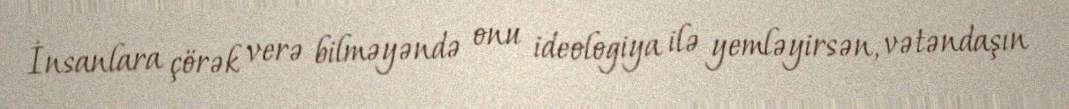
İnsanlara çörək verə bilməyəndə onu ideologiya ilə yemləyirsən, vətəndaşın